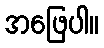
အဖြေပါ။